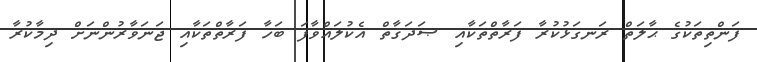
ފަންތިތަކުގެ ޙާލަތް ރަނގަޅުކުރާ ފަރާތްތަކާއި ޞަދަޤާތް އެކުލައްވާފަ ބަހާ ފަރާތްތަކާއި ޖަނަވާރުންނަށް ދިމާކުރާ